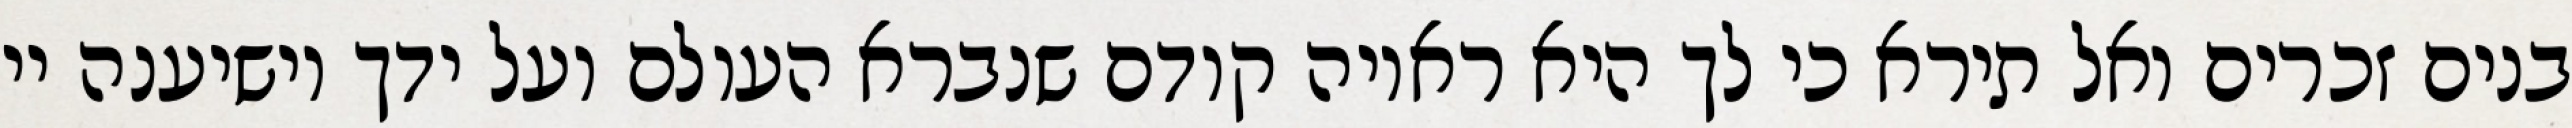
בנים זכרים ואל תירא כי לך היא ראויה קודם שנברא העולם ועל ידך יושיענה יי